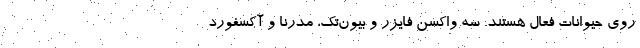
روی حیوانات فعال هستند. سه واکسن فایزر و بیون‌تک، مدرنا و آکسفورد